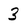
Character: 3